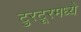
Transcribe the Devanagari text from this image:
टुरटूरमध्ये